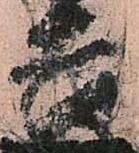
吉